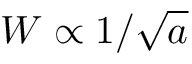
W \propto 1 / \sqrt { a }